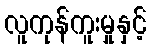
လူကုန်ကူးမှုနှင့်